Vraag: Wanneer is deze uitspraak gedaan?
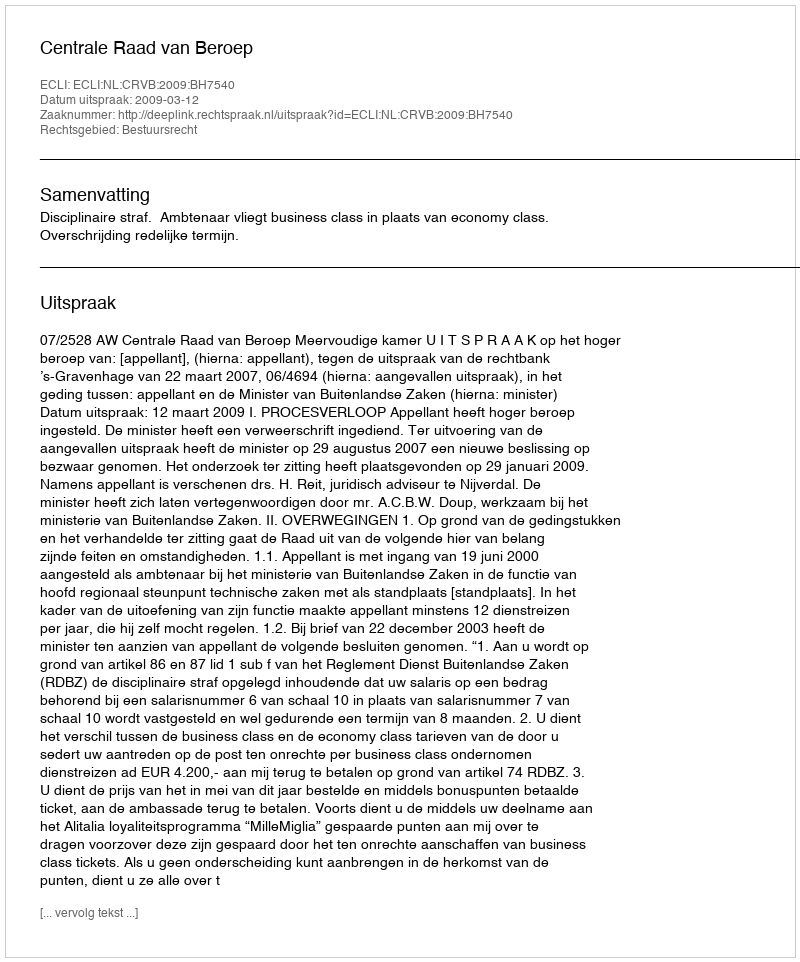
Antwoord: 2009-03-12